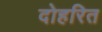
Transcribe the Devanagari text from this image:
दोहरित